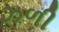
ઝળી